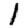
Digit: 1